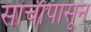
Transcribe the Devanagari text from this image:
सांचीपासून